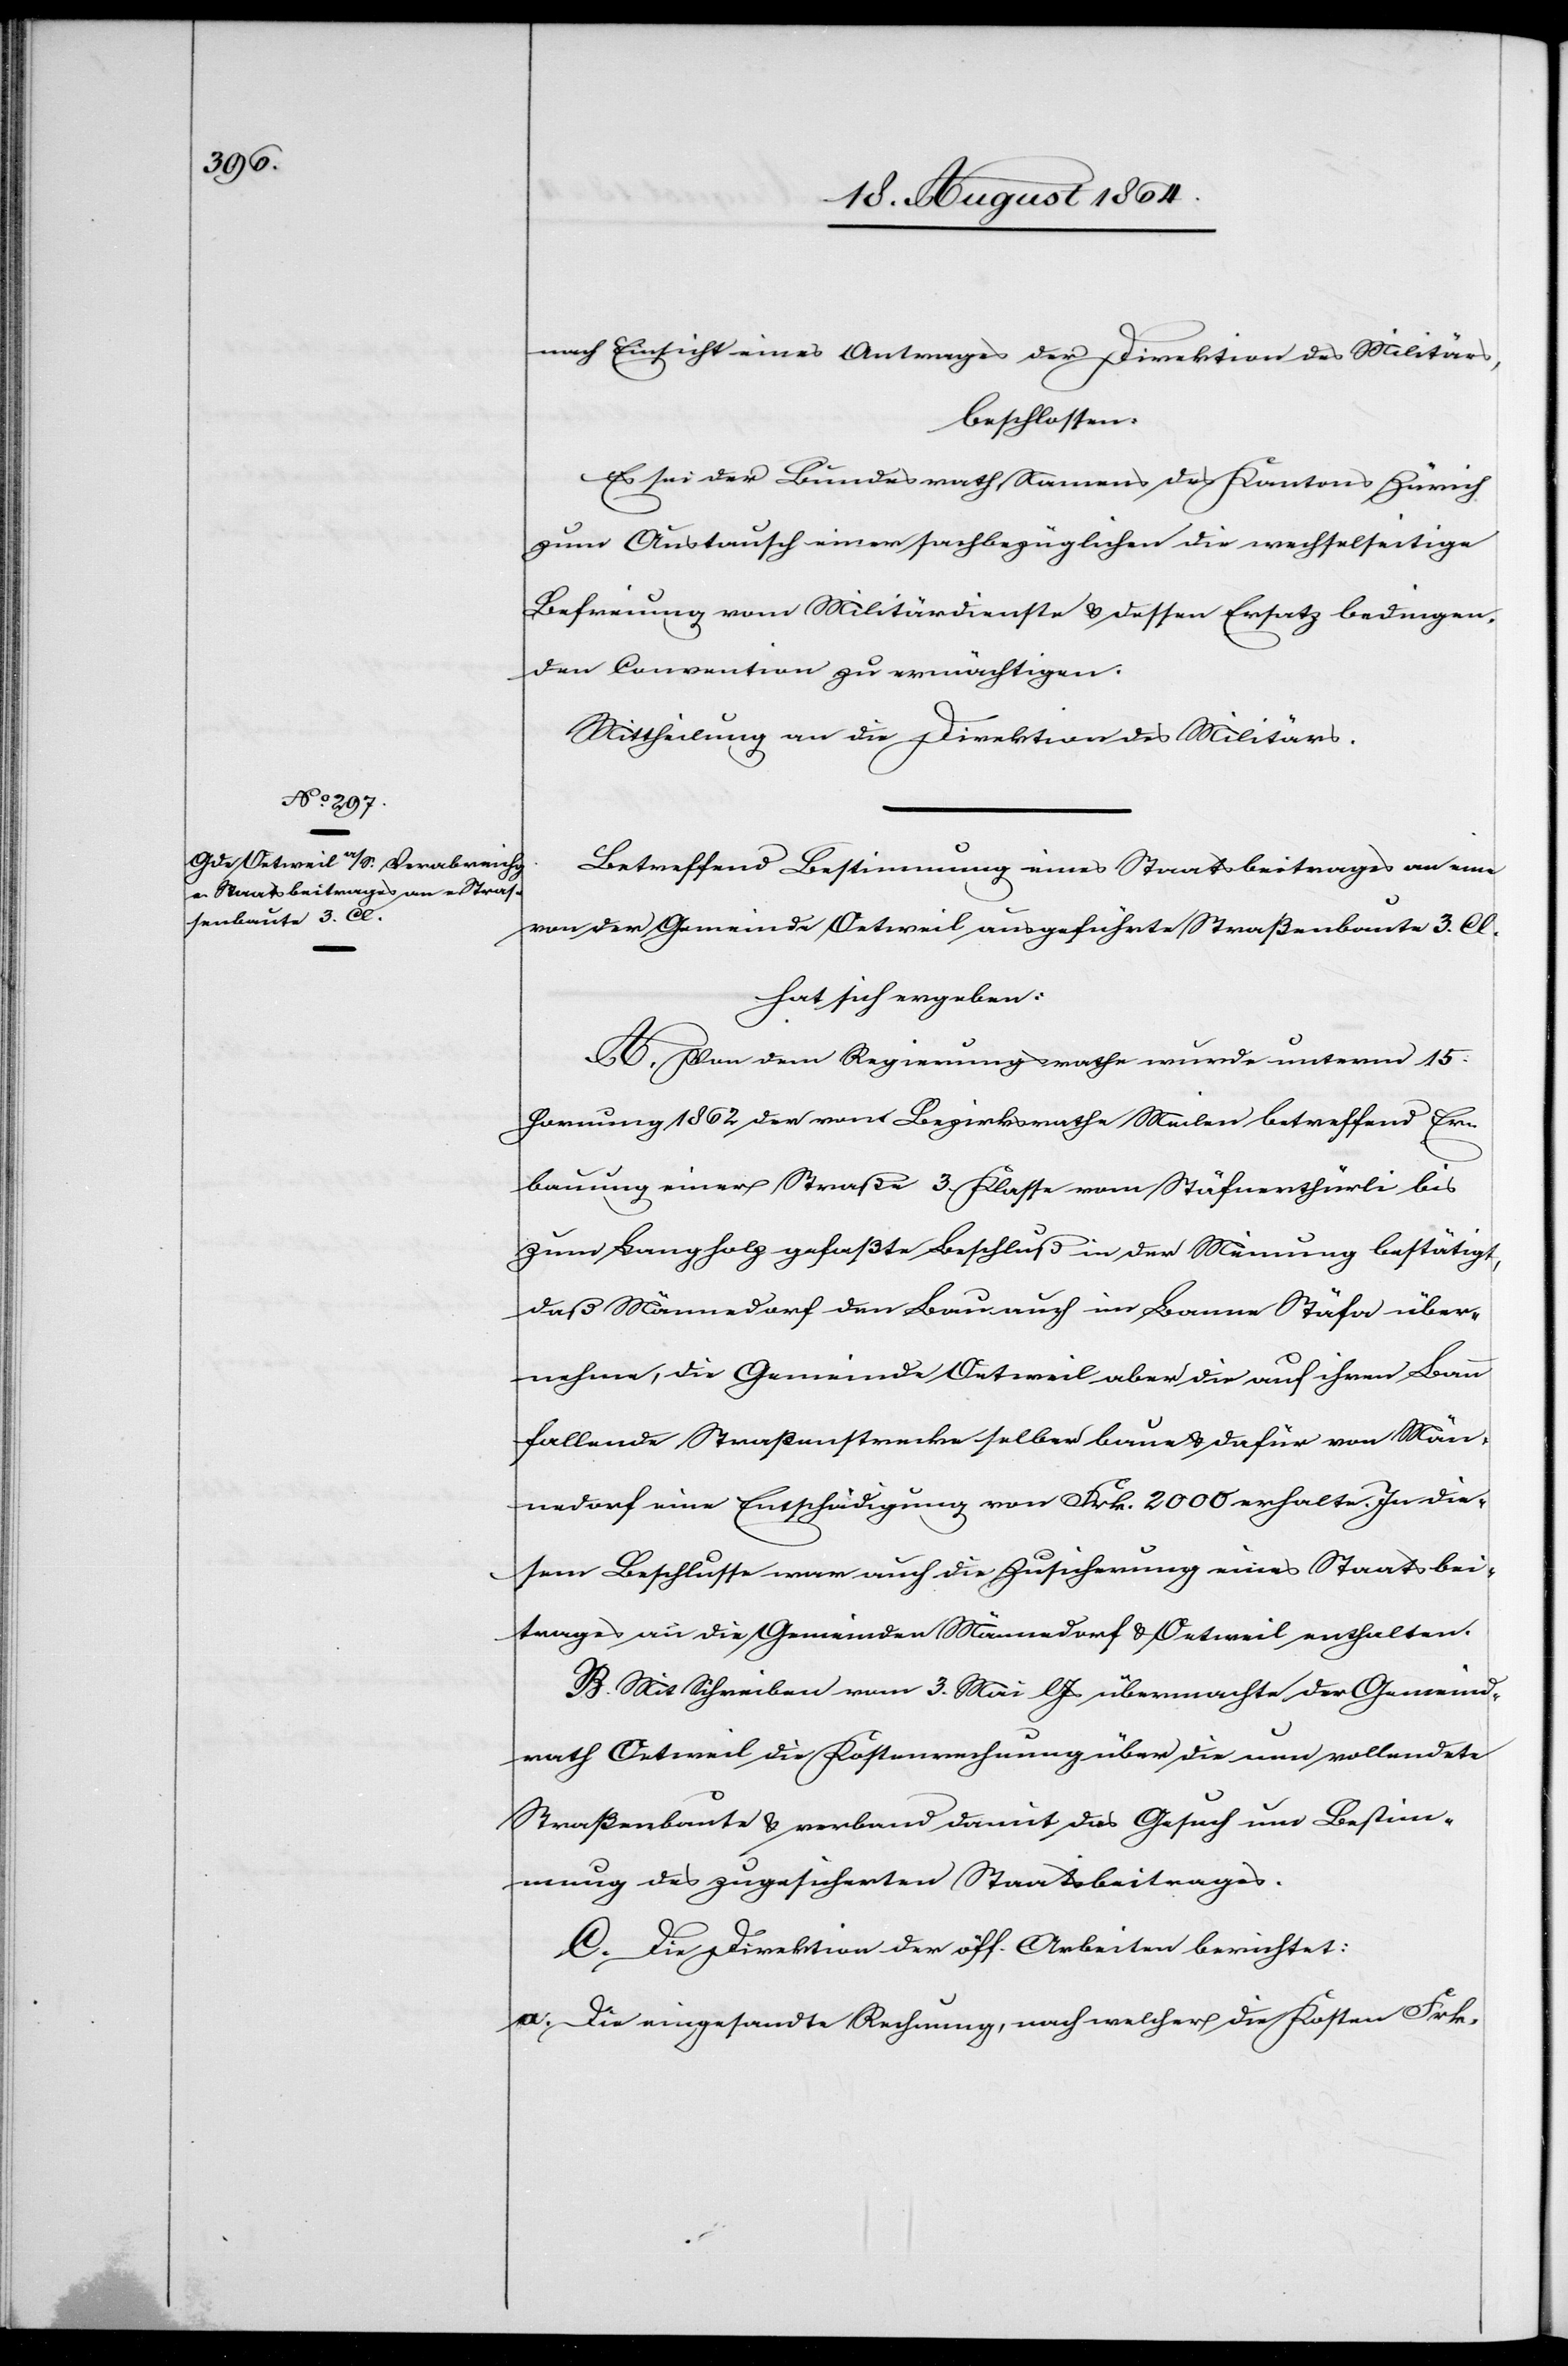
nach Einsicht eines Antrages der Direktion des Militärs,
beschlossen:
Es sei der Bundesrath Namens des Kantons Zürich
zum Austausch einer sachbezüglichen die wechselseitige
Befreiung vom Militärdienste & dessen Ersatz bedingen¬
den Convention zu ermächtigen.
Mittheilung an die Direktion des Militärs.
Betreffend Bestimmung eines Staatsbeitrages an eine
von der Gemeinde Oetweil ausgeführte Straßenbaute 3. Cl.
hat sich ergeben:
A. Von dem Regierungsrathe wurde unterm 15.
Hornung 1862 der vom Bezirksrathe Meilen betreffend Er¬
bauung einer Straße 3. Klasse vom Stäfnerthürli bis
zum Bauplatz gefaßte Beschluß in der Meinung bestätigt,
daß Männedorf den Bau auch im Banne Stäfa über¬
nehme, die Gemeinde Oetweil aber die auf ihren Bann
fallende Straßenstrecke selber baue & dafür von Män¬
nedorf eine Entschädigung von Frk. 2000 erhalte. In die¬
sem Beschlusse war auch die Zusicherung eines Staatsbei¬
trages an die Gemeinden Männedorf & Oetweil enthalten.
B. Mit Schreiben vom 3. Mai l. Js übermachte der Gemeind¬
rath Oetweil die Kostenrechnung über die nun vollendete
Straßenbaute & verband damit das Gesuch um Bestim¬
mung des zugesicherten Staatsbeitrages.
C. Die Direktion der öff. Arbeiten berichtet:
a. Die eingesandte Rechnung, nach welcher die Kosten Frk.